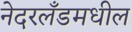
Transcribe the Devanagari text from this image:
नेदरलँडमधील